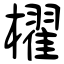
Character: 櫂